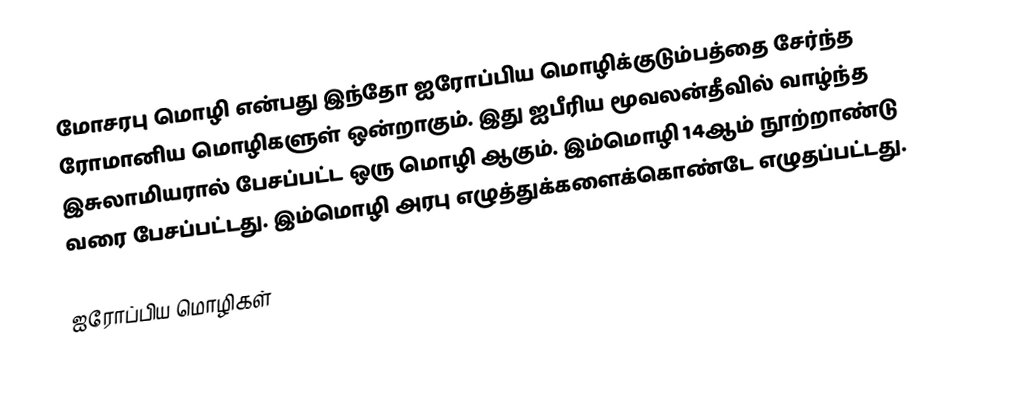
மோசரபு மொழி என்பது இந்தோ ஐரோப்பிய மொழிக்குடும்பத்தை சேர்ந்த ரோமானிய மொழிகளுள் ஒன்றாகும். இது ஐபீரிய மூவலன்தீவில் வாழ்ந்த இசுலாமியரால் பேசப்பட்ட ஒரு மொழி ஆகும். இம்மொழி 14ஆம் நூற்றாண்டு வரை பேசப்பட்டது. இம்மொழி அரபு எழுத்துக்களைக்கொண்டே எழுதப்பட்டது.

ஐரோப்பிய மொழிகள்